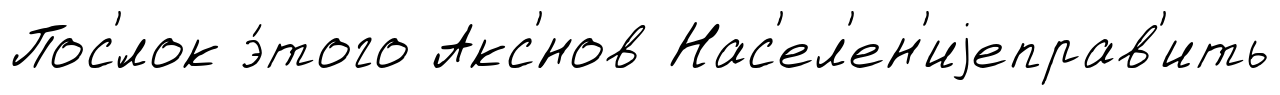
Пос'́лок э́того Акс'́нов Нас'ел'ен'иjеправ'ить